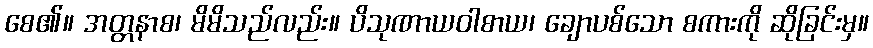
စေ၏။ အတ္တနာစ၊ မိမိသည်လည်း။ ပိသုဏာယဝါစာယ၊ ချောပစ်သော စကားကို ဆိုခြင်းမှ။